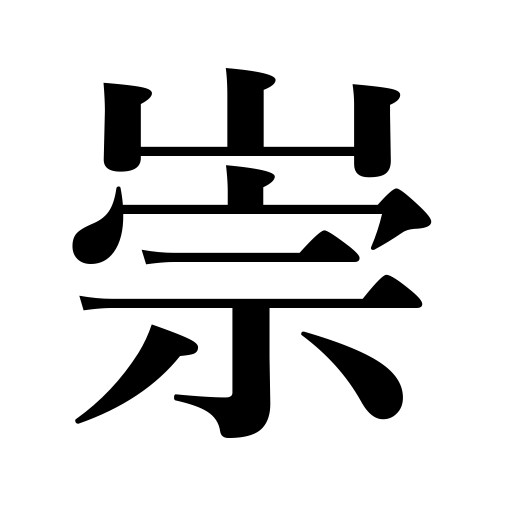
Meanings: high